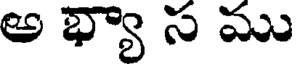
అ భ్యా స ము